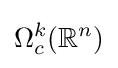
\Omega _{c}^{k}(\mathbb {R} ^{n})